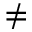
\neq